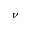
\nu